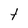
Character: t